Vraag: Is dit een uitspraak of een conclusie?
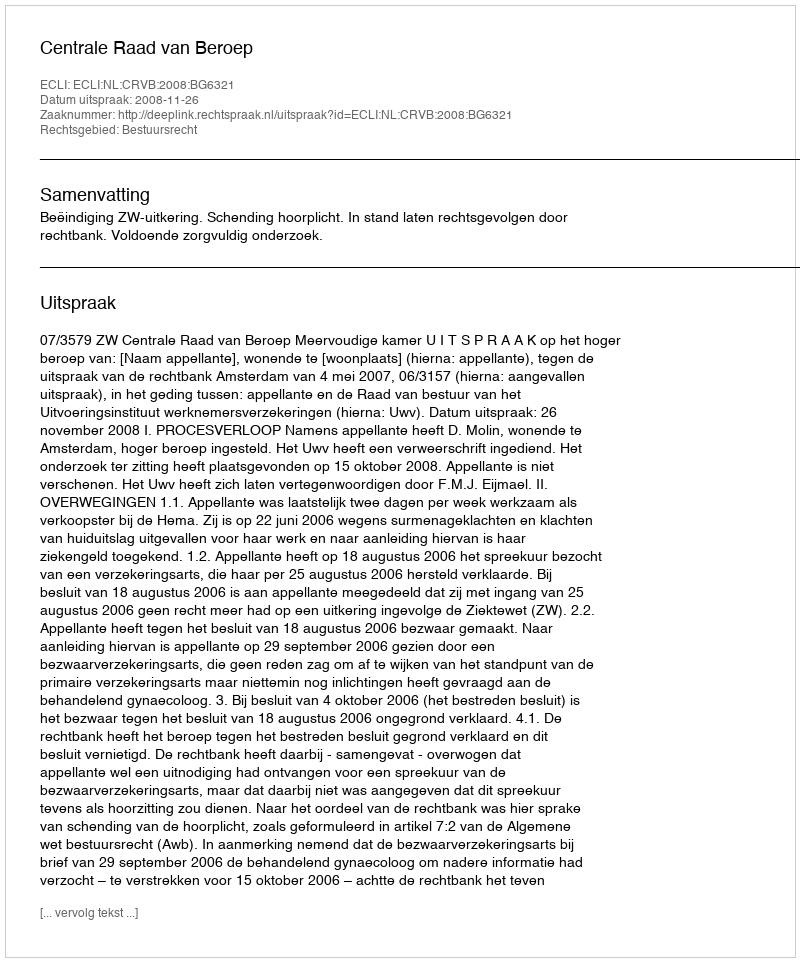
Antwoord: Uitspraak